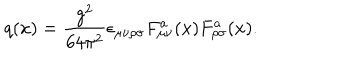
q ( x ) = { \frac { g ^ { 2 } } { 6 4 \pi ^ { 2 } } } \epsilon _ { \mu \nu \rho \sigma } F _ { \mu \nu } ^ { a } ( x ) F _ { \rho \sigma } ^ { a } ( x ) .